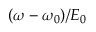
( \omega - \omega _ { 0 } ) / E _ { 0 }